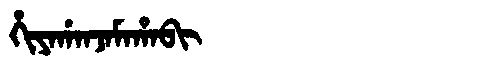
Manchu: ᡥᡳᠶᠠᡤᠠᠨᠵᠠᠮᠠᡥᠠᠪᡳ
Romanization: HIYAGANJAMAHABI